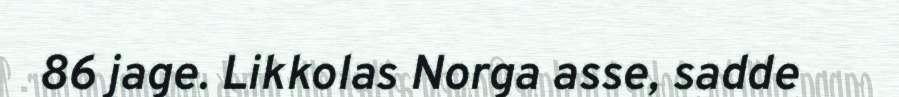
86 jage. Likkolas Norga asse, sadde